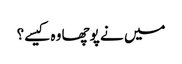
میں نے پوچھا وہ کیسے؟